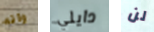
وانه دايلي لن